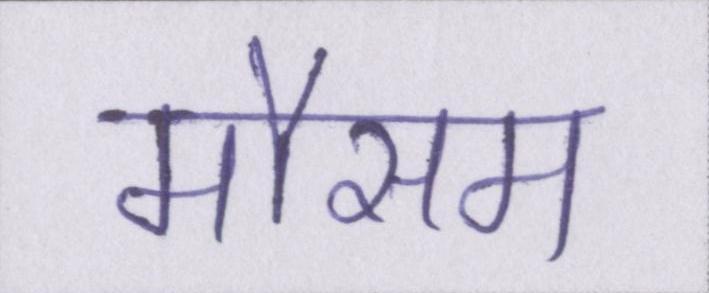
मौसम